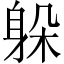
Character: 躲